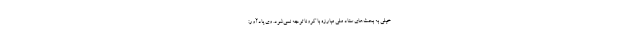
خیلی به بحث‌های ستاد ملی مبارزه با کرونا توجه نمی‌شود. وی یادآور: